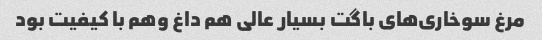
مرغ سوخاری‌های باگت بسیار عالی هم داغ وهم با کیفیت بود